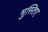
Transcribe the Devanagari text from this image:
मुस्तिए